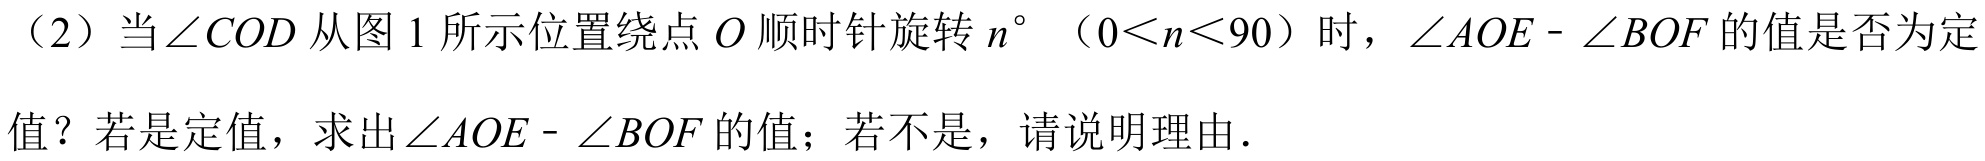
（2）当\(\angle COD\)从图1所示位置绕点\(O\)顺时针旋转\(n^{\circ}\)（\(0 < n < 90\)）时，\(\angle AOE - \angle BOF\)的值是否为定
值？若是定值，求出\(\angle AOE - \angle BOF\)的值；若不是，请说明理由.